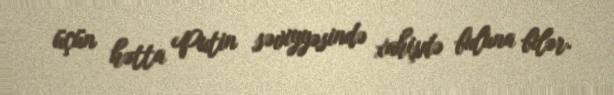
üçün hətta Putin səviyyəsində xahişdə buluna bilər.